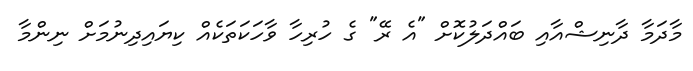
މާދަމާ ދާނިޝްއާއި ބައްދަލުކޮށް "އެ ރޭ" ގެ ހުރިހާ ވާހަކަތަކެއް ކިޔައިދިނުމަށް ނިންމާ